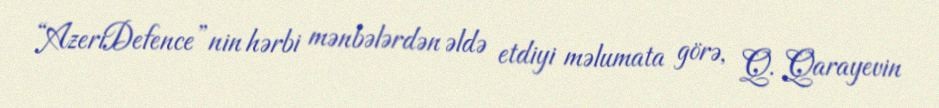
“AzeriDefence”nin hərbi mənbələrdən əldə etdiyi məlumata görə, Q. Qarayevin